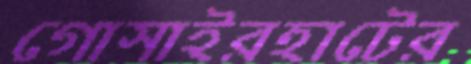
গোসাইরহাটের